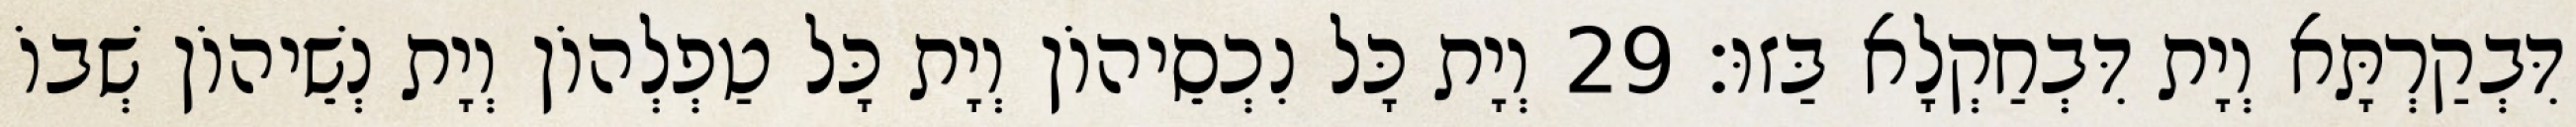
דִּבְקַרְתָּא וְיָת דִּבְחַקְלָא בַּזוּ׃ 29 וְיָת כָּל נִכְסֵיהוֹן וְיָת כָּל טַפְלְהוֹן וְיָת נְשֵׁיהוֹן שְׁבוֹ